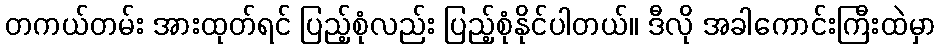
တကယ်တမ်း အားထုတ်ရင် ပြည့်စုံလည်း ပြည့်စုံနိုင်ပါတယ်။ ဒီလို အခါကောင်းကြီးထဲမှာ